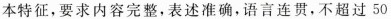
本特征，要求内容完整，表述准确，语言连贯，不超过50